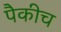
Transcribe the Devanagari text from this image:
पैकीच